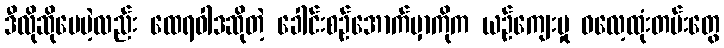
ဒီလိုဆိုပေမဲ့လည်း ထေရဝါဒဆိုတဲ့ ခေါင်းစဉ်အောက်မှာကိုက ယဉ်ကျေးမှု ဓလေ့ထုံးတမ်းတွေ